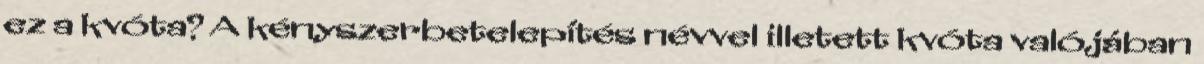
ez a kvóta? A kényszerbetelepítés névvel illetett kvóta valójában